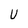
Character: U